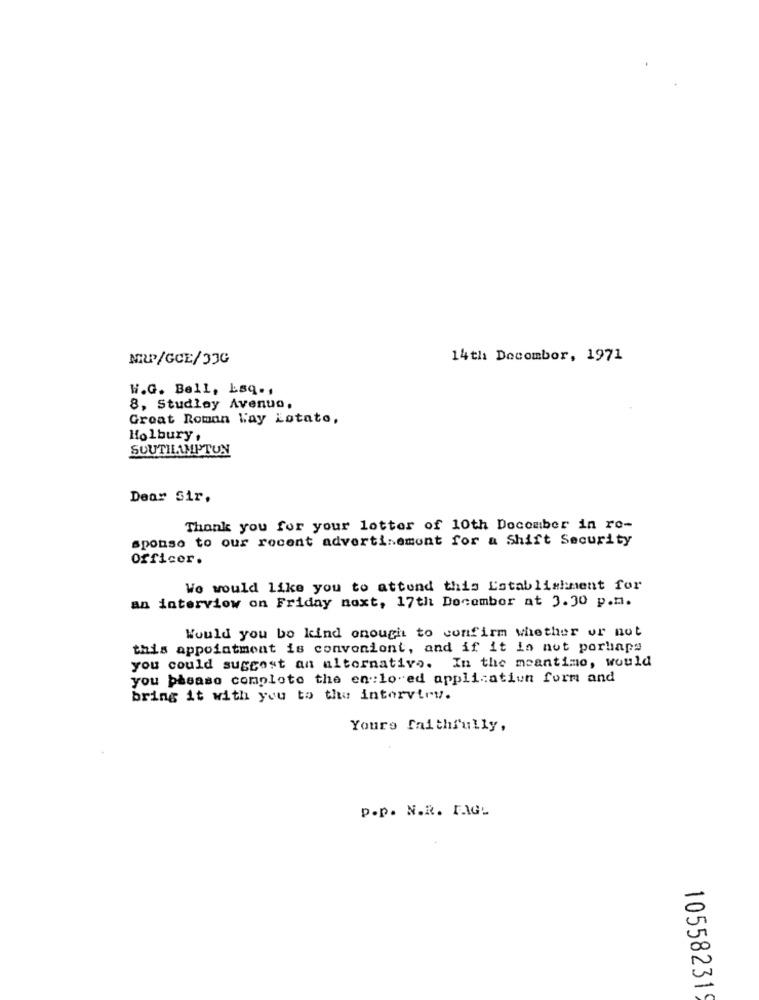
NRP/GCE/33G
14th Docombor, 1971
W.G. Bell, Laq .,
8, Studley Avenue,
Great Roman Way Lotato,
Holbury,
SUUTILAMPTUN
Dear Sir,
Thank you for your lotter of 10th Docomber in ro-
sponso to our recent advertisement for a Shift Security
Officer.
We would like you to attend this Establishment for
an interview on Friday next, 17th December at 3.30 p.m.
Would you be kind onought to confirm whether or not
this appointment is convenient, and if it is not porhaps
you could suggest an alternative. In the meantime, would
you baeaso comploto the en :lo-ed application form and
bring it with you to the interviry.
Yours faithfully,
p.p. N.R. FAGL
105582319